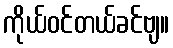
ကိုယ်ဝင်တယ်ခင်ဗျ။